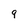
Character: 9